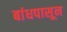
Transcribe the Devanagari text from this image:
बांधपासून